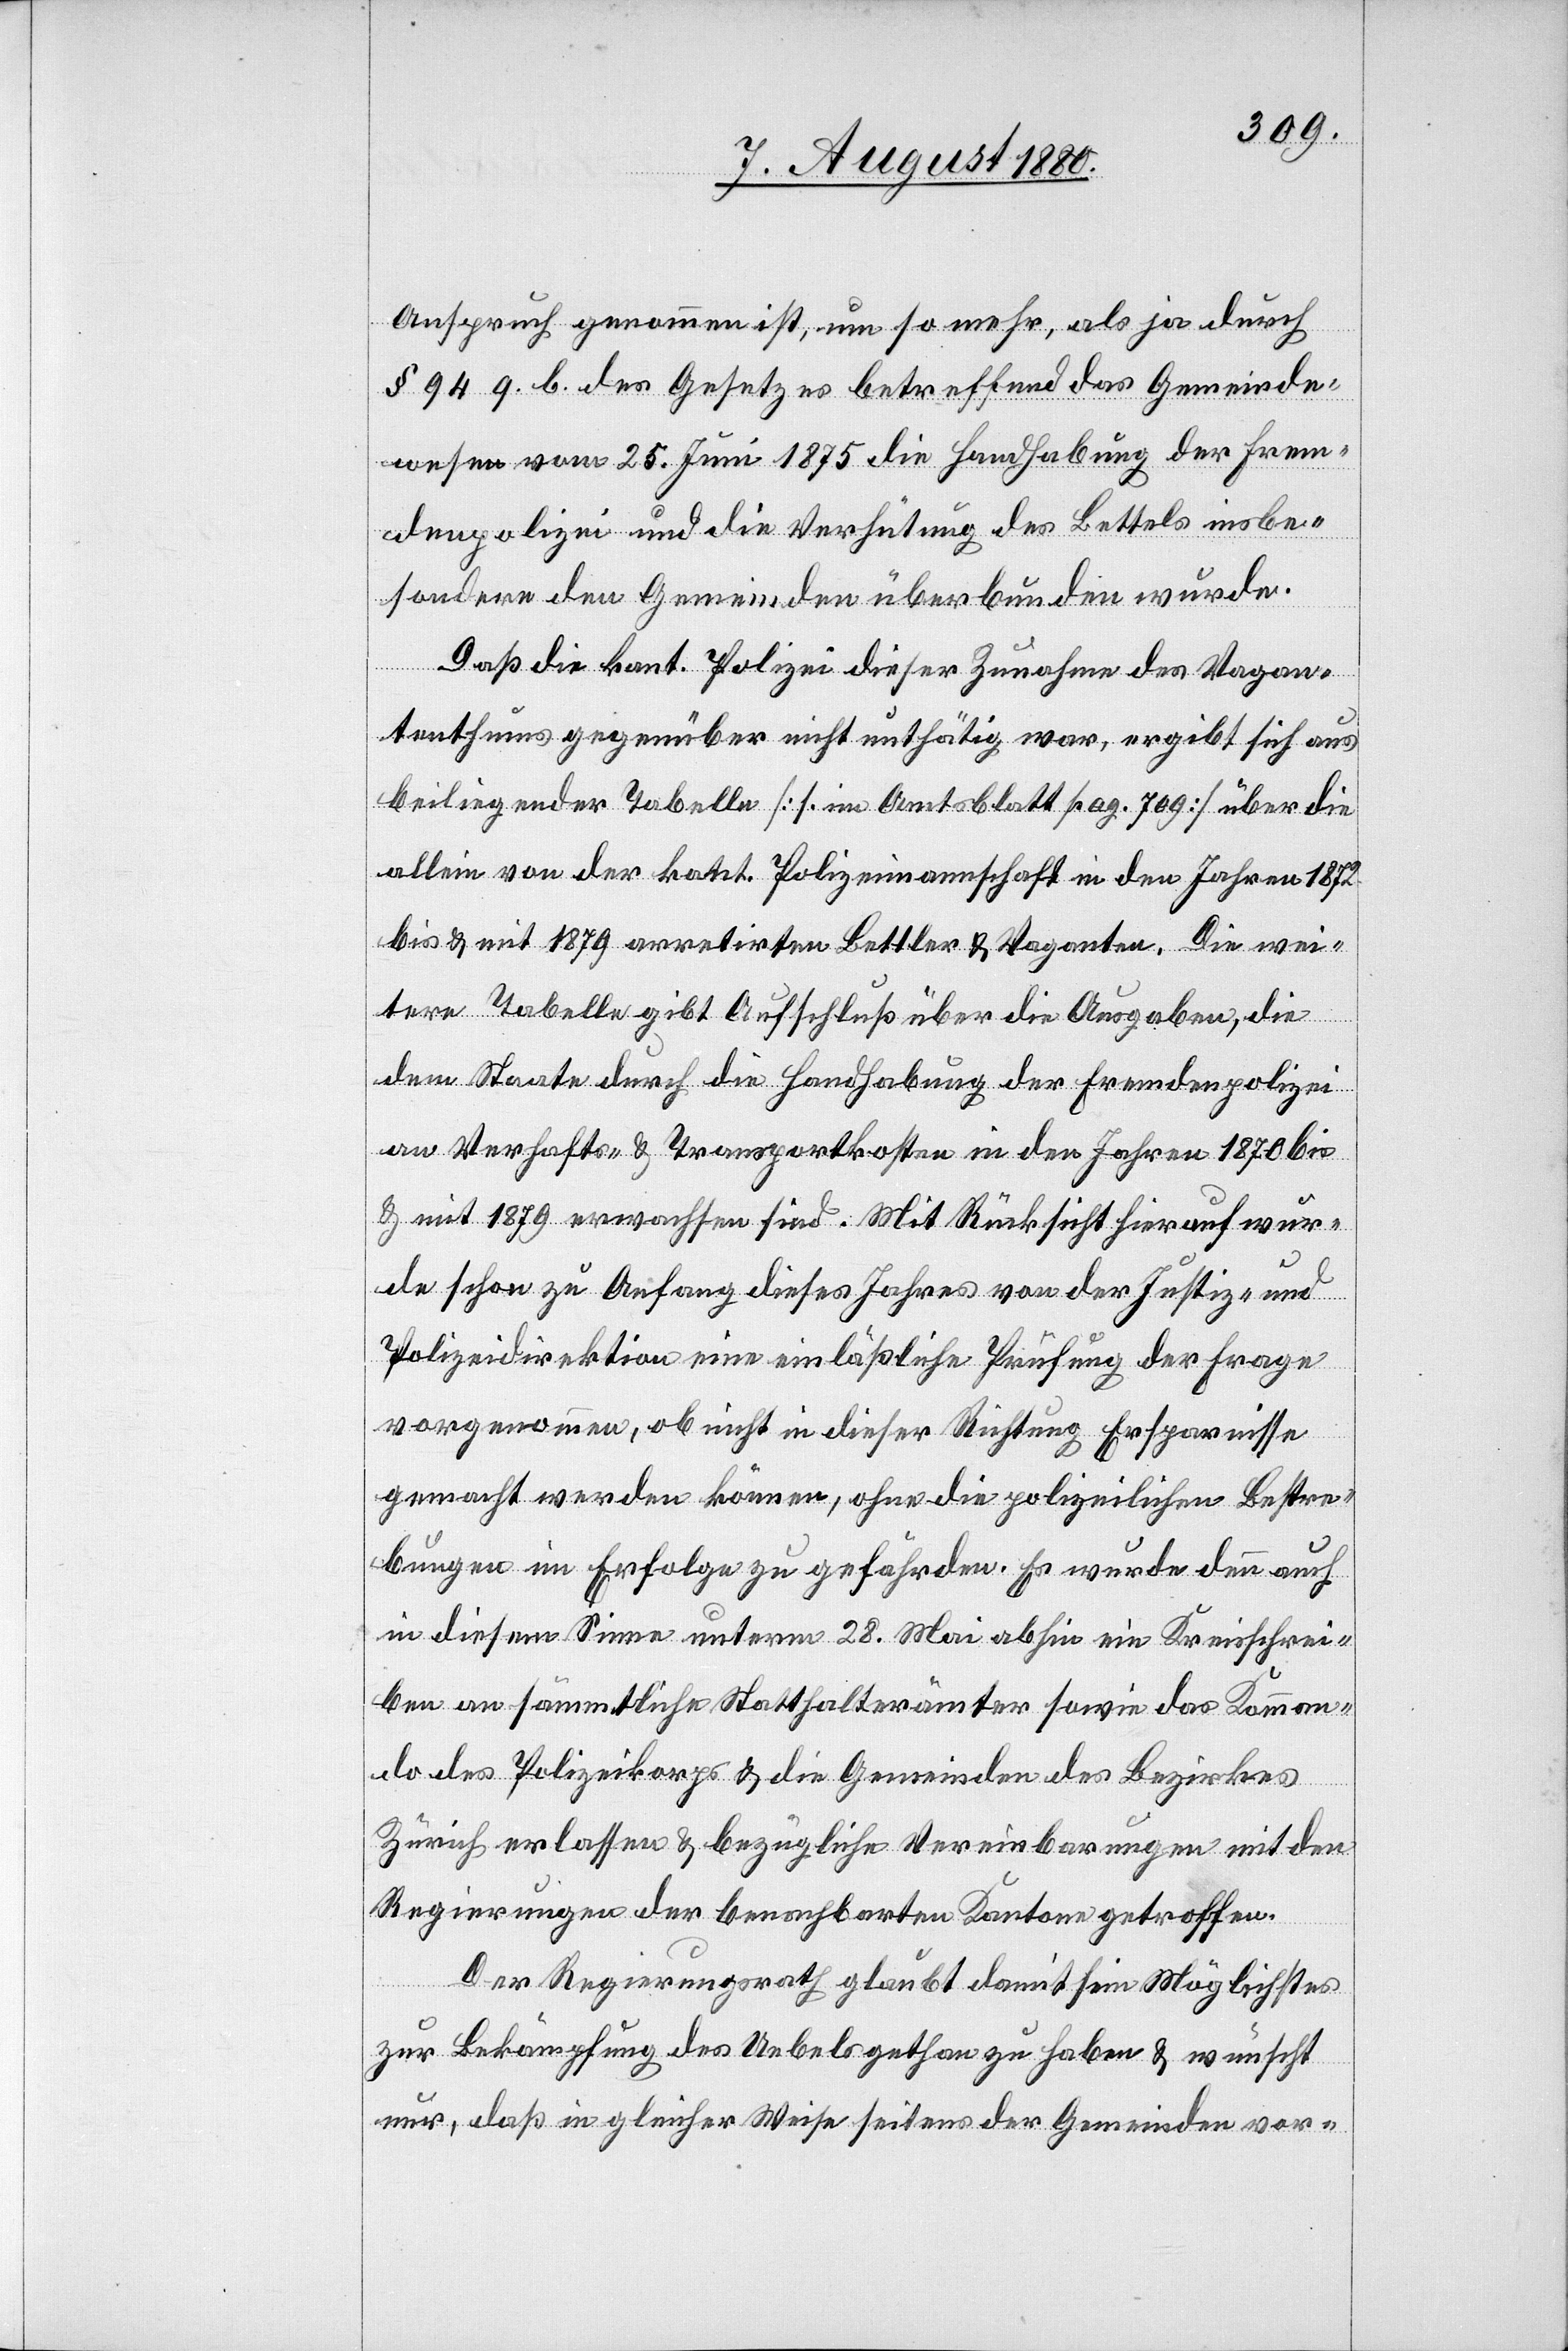
Anspruch genommen ist, um so mehr, als ja durch
§ 94 9. b. des Gesetzes betreffend das Gemeinde¬
wesen vom 25. Juni 1875 die Handhabung der Frem¬
denpolizei und die Verhütung des Bettels insbe¬
sondere den Gemeinden überbunden wurde.
Daß die kant. Polizei dieser Zunahme des Vagan¬
tenthums gegenüber nicht unthätig war, ergibt sich aus
beiliegender Tabelle [s. im Amtsblatt pag. 709] über die
allein von der katt. [sic!] Polizeimannschaft in den Jahren 1872
bis & mit 1879 arretirten Bettler & Vaganten. Die wei¬
tere Tabelle gibt Aufschluß über die Ausgaben, die
dem Staate durch die Handhabung der Fremdenpolizei
an Verhalts- & Transportkosten in den Jahren 1870 bis
& mit 1879 erwachsen sind. Mit Rücksicht hierauf wur¬
de schon zu Anfang dieses Jahres von der Justiz- und
Polizeidirektion eine einläßliche Prüfung der Frage
vorgenommen, ob nicht in dieser Richtung Ersparnisse
gemacht werden können, ohne die polizeilichen Bestre¬
bungen im Erfolge zu gefährden. Es wurde den auch
in diesem Sinne unterm 28. Mai abhin ein Kreisschrei¬
ben an sämmtliche Statthalterämter sowie das Komman¬
do des Polizeikorps & die Gemeinden des Bezirkes
Zürich erlassen & bezügliche Vereinbarungen mit den
Regierungen der benachbarten Kantone getroffen.
Der Regierungsrath glaubt damit sein Möglichstes
zur Bekämpfung des Uebels gethan zu haben & wünscht
nur, daß in gleicher Weise seitens der Gemeinde vor-